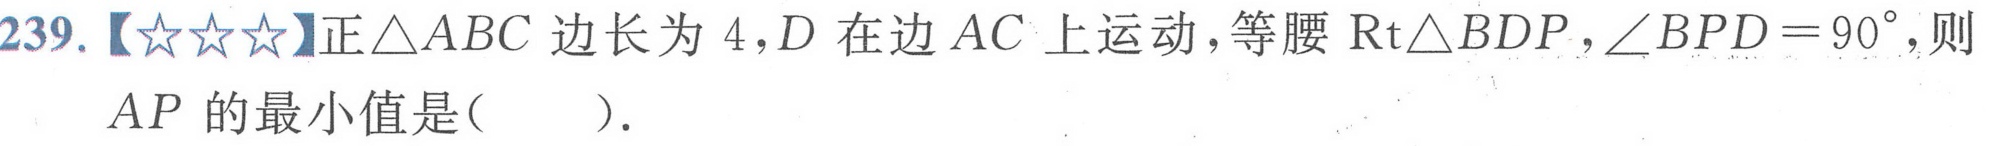
239.【★★★】正\(\triangle ABC\) 边长为 \(4\)，\(D\) 在边 \(AC\) 上运动，等腰 \(\text{Rt}\triangle BDP\)，\(\angle BPD = 90^{\circ}\)，则 \(AP\) 的最小值是(  )．